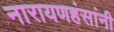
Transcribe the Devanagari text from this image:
नारायणहंसांनी